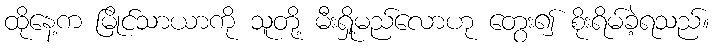
ထိုနေ့က မြိုင်သာယာကို သူတို့ မီးရှို့မည်လောဟု တွေး၍ စိုးရိမ်ခဲ့ရသည်။